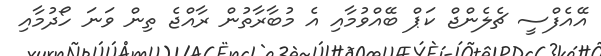
އޭއެފްސީ ޗެލެންޖް ކަޕް ބޭއްވުމާއި އެ މުބާރާތުން ރާއްޖެ ތިން ވަނަ ހޯދުމާއި